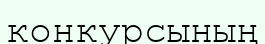
конкурсының